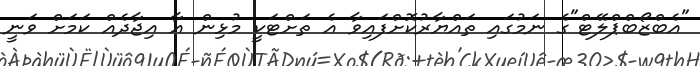
"އެބްޒޯބްޕްލޭޓް"ގެ ނަމުގައި ތައްޔާރުކޮށްފައިވާ އެ ތަށްޓަކީ މުޅިން އާ އިޖާދެއް ކަަމަށް ވަނީ